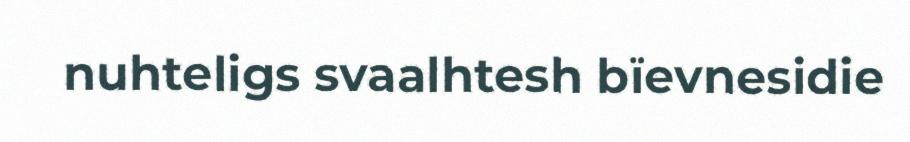
nuhteligs svaalhtesh bïevnesidie